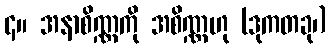
၄။ အနာစိဏ္ဏကို အစိဏ္ဏဟု (ဒုကတခု၊)